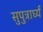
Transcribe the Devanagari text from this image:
सुपुत्रार्घ्यं